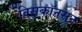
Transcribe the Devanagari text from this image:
विसकॉनसन